Lunatic asylums Central Provinces reports 1895-1909 - 1895-1909
Year: 1895
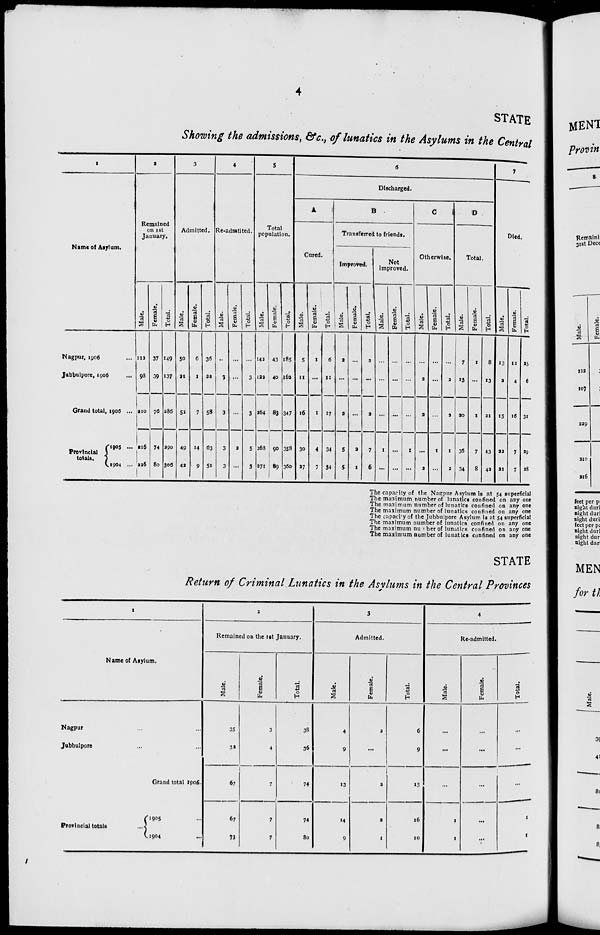
4
STATE
Showing the admissions, &c., of lunatics in the Asylums in the Central
1
Name of Asylum.
Nagpur, 1906 ...
Jubbulpore, 1906...
Grand total, 1906 ...
Provincial
totals.
1905 ...
1904 ...
2
Remained
on 1st
January.
Male.
112
98
210
216
226
Female.
37
39
76
74
80
Total.
149
137
286
290
306
3
Admitted.
Male.
30
21
51
49
42
Female.
6
1
7
14
9
Total.
36
22
58
63
51
4
Re-admtited.
Male.
..
3
3
3
3
Female.
...
...
...
2
...
Total.
...
3
3
5
3
5
Total
population.
Male.
142
122
264
268
271
Female.
43
40
83
90
89
Total.
185
162
347
358
360
6
Discharged.
A
Cured.
Male.
5
11
16
30
27
Female.
1
...
1
4
7
Total.
6
11
17
34
34
B
Transferred to friends.
Improved.
Male.
2
...
2
5
5
Female.
...
...
...
2
1
Total.
2
...
2
7
6
Not
improved.
Male.
...
...
...
1
...
Female.
...
...
...
...
...
Total.
...
...
...
1
...
C
Otherwise.
Male.
...
2
2
...
2
Female.
...
...
...
1
...
Total.
...
2
3
1
2
D
Total.
Male.
7
13
20
36
34
Female.
1
...
1
7
8
Total.
8
13
21
43
42
7
Died.
Male.
13
2
15
22
21
Female.
12
4
16
7
7
Total.
25
6
31
29
28
The capacity of the Nagpur Asylum is at 54 superficial
The maximum number of lunatics confined on any one
The maximum number of lunatics confined on any one
The maximum number of lunatics confined on any one
The capacity of the Jubbulpore Asylum is at 54 superficial
The maximum number of lunatics confined on any one
The maximum number of lunatics confined on any one
The maximum number of lunatics confined on any one
STATE
Return of Criminal Lunatics in the Asylums in the Central Provinces
1
Name of Asylum.
Nagpur... ...
Jubbulpore... ...
Grand total 1906.
Provincial totals
1905
1904
2
Remained on the 1st January.
Male.
35
32
67
67
73
Female.
3
4
7
7
7
Total.
38
36
74
74
80
3
Admitted.
Male.
4
9
13
14
9
Female.
2
...
2
2
1
Total.
6
9
15
16
10
4
Re-admitted.
Male.
...
...
...
1
1
Female.
...
...
...
...
...
Total.
...
...
...
1
1